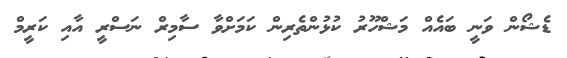
ޑެޝޯން ވަނީ ބައެއް މަޝްހޫރު ކުޅުންތެރިން ކަމަށްވާ ސާމިރް ނަސްރީ އާއި ކަރީމް